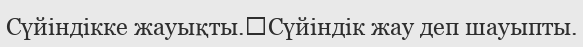
Сүйіндікке жауықты.	Сүйіндік жау деп шауыпты.